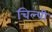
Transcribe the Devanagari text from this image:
चिल्पी